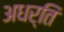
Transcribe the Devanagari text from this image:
अधर्ति